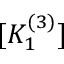
[ K _ { 1 } ^ { ( 3 ) } ]